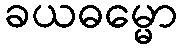
ခယဓမ္မော